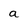
Character: a